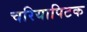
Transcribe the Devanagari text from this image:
चरियापिटक